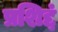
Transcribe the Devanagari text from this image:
प्रशिद्दं